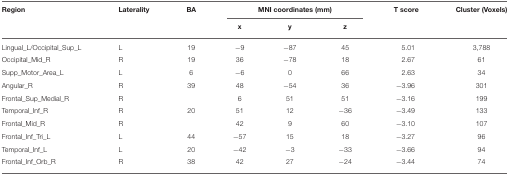
| Region | Laterality | BA | <COLSPAN=3> MNI coordinates (mm) | T score | Cluster (Voxels) |
 |  |  |  | x | y | z |  |  |
 | --- | --- | --- | --- | --- | --- | --- | --- |
 | Lingual_L/Occipital_Sup_L | L | 19 | −9 | −87 | 45 | 5.01 | 3,788 |
 | Occipital_Mid_R | R | 19 | 36 | −78 | 18 | 2.67 | 61 |
 | Supp_Motor_Area_L | L | 6 | −6 | 0 | 66 | 2.63 | 34 |
 | Angular_R | R | 39 | 48 | −54 | 36 | −3.96 | 301 |
 | Frontal_Sup_Medial_R | R |  | 6 | 51 | 51 | −3.16 | 199 |
 | Temporal_Inf_R | R | 20 | 51 | 12 | −36 | −3.49 | 133 |
 | Frontal_Mid_R | R |  | 42 | 9 | 60 | −3.10 | 107 |
 | Frontal_Inf_Tri_L | L | 44 | −57 | 15 | 18 | −3.27 | 96 |
 | Temporal_Inf_L | L | 20 | −42 | −3 | −33 | −3.66 | 94 |
 | Frontal_Inf_Orb_R | R | 38 | 42 | 27 | −24 | −3.44 | 74 |